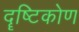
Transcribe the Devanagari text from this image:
दॄष्टिकोण